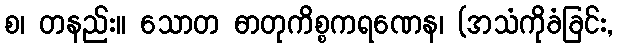
စ၊ တနည်း။ သောတ ဓာတုကိစ္စကရဏေန၊ (အသံကိုခံခြင်း,